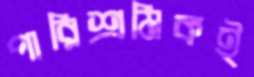
পারিশ্রমিকই